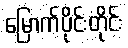
မြောက်ပိုင်းတိုင်း